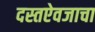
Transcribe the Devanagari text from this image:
दस्तऐवजाचा